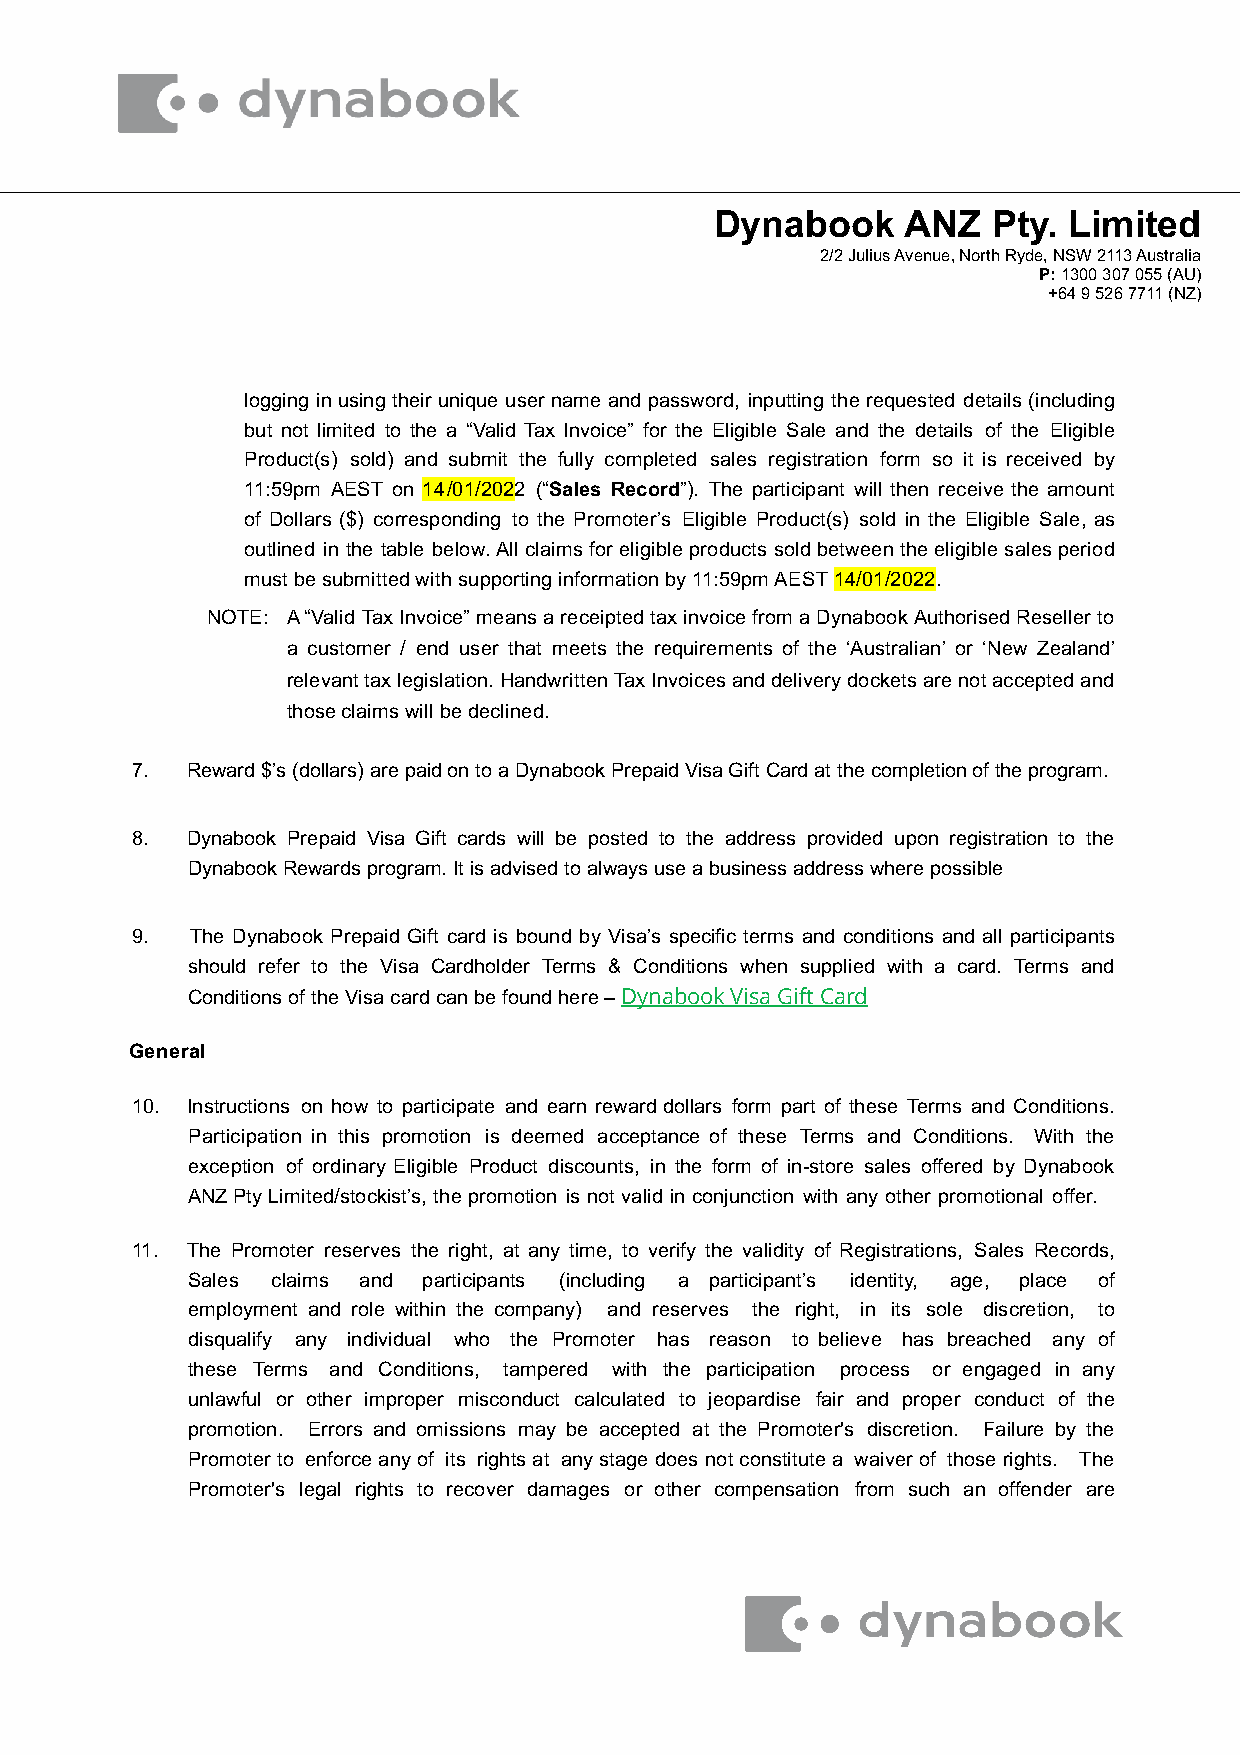
Dynabook     ANZ   Pty. Limited
 2/2 Julius Avenue, North Ryde, NSW 2113 Australia
 P: 1300 307 055 (AU)
 +64 9 526 7711 (NZ)
 logging in using their unique user name and password, inputting the requested details (including
 but not limited to the a “Valid Tax Invoice” for the Eligible Sale and the details of the Eligible
 Product(s) sold) and submit the fully completed sales registration form so it is received by
 11:59pm AEST on 14/01/2022 (“Sales Record”). The participant will then receive the amount
 of Dollars ($) corresponding to the Promoter’s Eligible Product(s) sold in the Eligible Sale, as
 outlined in the table below. All claims for eligible products sold between the eligible sales period
 must be submitted with supporting information by 11:59pm AEST 14/01/2022.
 NOTE: A “Valid Tax Invoice” means a receipted tax invoice from a Dynabook Authorised Reseller to
 a customer / end user that meets the requirements of the ‘Australian’ or ‘New Zealand’
 relevant tax legislation. Handwritten Tax Invoices and delivery dockets are not accepted and
 those claims will be declined.
 7. Reward $’s (dollars) are paid on to a Dynabook Prepaid Visa Gift Card at the completion of the program.
 8. Dynabook Prepaid Visa Gift cards will be posted to the address provided upon registration to the
 Dynabook Rewards program. It is advised to always use a business address where possible
 9.  The Dynabook Prepaid Gift card is bound by Visa’s specific terms and conditions and all participants
 should refer to the Visa Cardholder Terms & Conditions when supplied with a card. Terms and
 Conditions of the Visa card can be found here – Dynabook Visa Gift Card
 General
 10. Instructions on how to participate and earn reward dollars form part of these Terms and Conditions.
 Participation in this promotion is deemed acceptance of these Terms and Conditions. With the
 exception of ordinary Eligible Product discounts, in the form of in-store sales offered by Dynabook
 ANZ Pty Limited/stockist’s, the promotion is not valid in conjunction with any other promotional offer.
 11. The Promoter reserves the right, at any time, to verify the validity of Registrations, Sales Records,
 Sales claims and participants (including a participant’s identity, age, place of
 employment and role within the company) and reserves the right, in its sole discretion, to
 disqualify any individual who the Promoter has reason to believe has breached any of
 these Terms and Conditions, tampered with the participation process or engaged in any
 unlawful or other improper misconduct calculated to jeopardise fair and proper conduct of the
 promotion. Errors and omissions may be accepted at the Promoter's discretion. Failure by the
 Promoter to enforce any of its rights at any stage does not constitute a waiver of those rights. The
 Promoter's legal rights to recover damages or other compensation from such an offender are